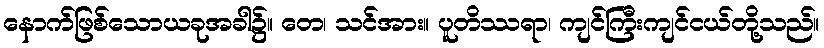
နောက်ဖြစ်သောယခုအခါ၌။ တေ၊ သင်အား။ ပူတိဿရာ၊ ကျင်ကြီးကျင်ငယ်တို့သည်။